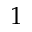
1